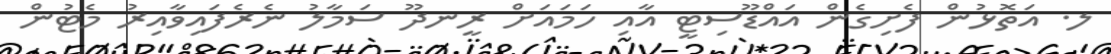
ލ. އަތޮޅުން ފެށިގެން އައްޑޫސިޓީ އާއި ހަމައަށް ރީނދޫ ސަމާލު ނެރެފައިވާއިރު މެޓުން